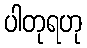
ပါတုရဟု